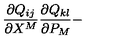
\frac { \partial Q _ { i j } } { \partial X ^ { M } } \frac { \partial Q _ { k l } } { \partial P _ { M } } -